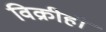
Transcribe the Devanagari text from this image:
विक्रीही